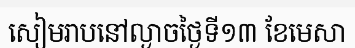
សៀមរាបនៅល្ងាចថ្ងៃទី១៣ ខែមេសា